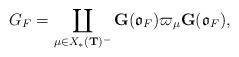
LaTeX: \begin{align*}G_F=\coprod_{\mu\in X_*(\textbf{T})^{-}}\textbf{G}(\mathfrak{o}_F)\varpi_{\mu}\textbf{G}(\mathfrak{o}_F),\end{align*}